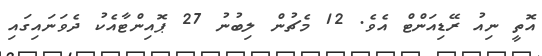
އޮތީ ނިއު ރޭޑިއަންޓް އެވެ. 12 މެޗުން ލިބުނު 27 ޕޮއިންޓާއެކު ދެވަނައިގައި